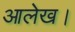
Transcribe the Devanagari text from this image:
आलेख।